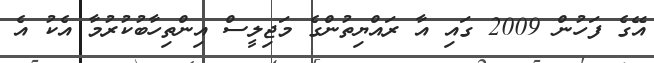
އޭގެ ފަހުން 2009 ގައި އާ ރައްޔިތުންގެ މަޖިލީސް އިންތިހާބުކުރުމާ އެކު އެ